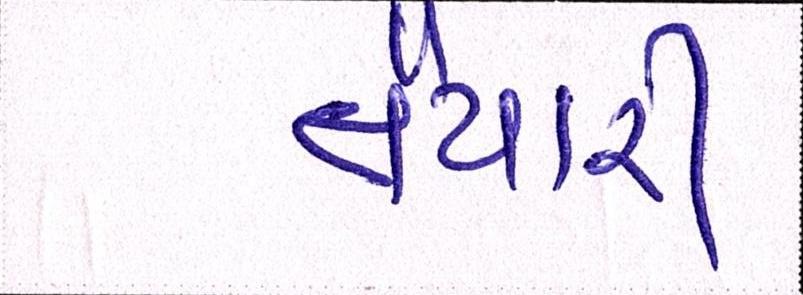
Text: તૈયારી